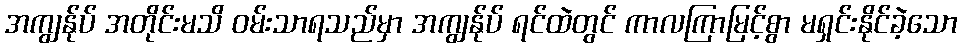
အကျွန်ုပ် အတိုင်းမသိ ဝမ်းသာရသည်မှာ အကျွန်ုပ် ရင်ထဲတွင် ကာလကြာမြင့်စွာ မရှင်းနိုင်ခဲ့သော